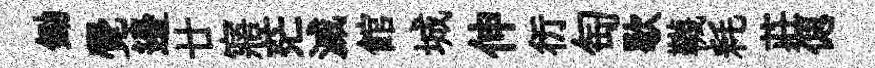
鋤覺邊廿寤茫滅館城伸衍匋歇韈耗莊偲